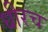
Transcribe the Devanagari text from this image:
धीरच